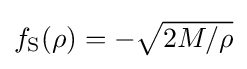
\textstyle f_{\text{S}}(\rho )=-{\sqrt {2M/\rho }}